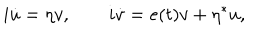
i \dot { u } = \eta v , \quad \quad i \dot { v } = e ( t ) v + \eta ^ { * } u ,